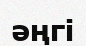
әңгі